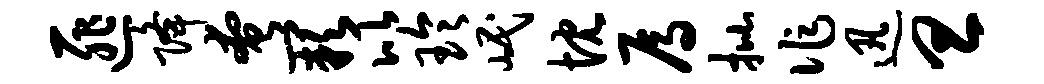
匪降奄缺比玲岷忱焉批作迅旦